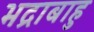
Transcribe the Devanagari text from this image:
भद्राबाहु